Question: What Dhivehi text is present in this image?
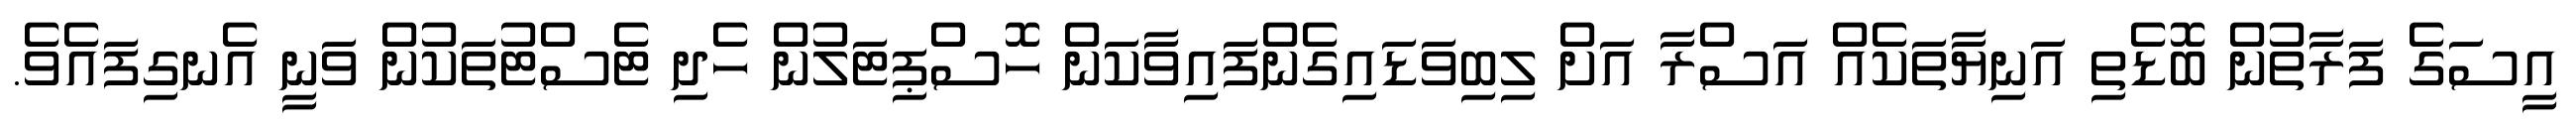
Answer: އީސަގެ ފަރާތުން ބޮޑެތި އަނިޔާތަކެއް އަސްރާ އަށް ލިބިވަޑައިގެންފައިވާކަން ހޮސްޕިޓަލުން ހެދި ޓެސްޓުތަކުން ވަނީ އެނގިފައެވެ.